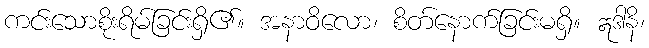
ကင်းသောစိုးရိမ်ခြင်းရှိ၏။ အနာဝိလော၊ စိတ်နောက်ခြင်းမရှိ။ ဣဒါနိ၊